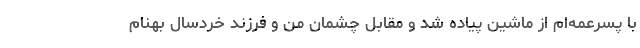
با پسرعمه‌ام از ماشین پیاده شد و مقابل چشمان من و فرزند خردسال بهنام